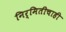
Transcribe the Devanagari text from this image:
निर्मितीचाही